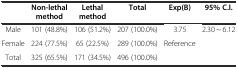
<table><thead><tr><td></td><td><b>Non-lethal method</b></td><td><b>Lethal method</b></td><td><b>Total</b></td><td><b>Exp(B)</b></td><td><b>95% C.I.</b></td></tr></thead><tbody><tr><td>Male</td><td>101 (48.8%)</td><td>106 (51.2%)</td><td>207 (100.0%)</td><td>3.75</td><td>2.30 ~ 6.12</td></tr><tr><td>Female</td><td>224 (77.5%)</td><td>65 (22.5%)</td><td>289 (100.0%)</td><td>Reference</td><td></td></tr><tr><td>Total</td><td>325 (65.5%)</td><td>171 (34.5%)</td><td>496 (100.0%)</td><td></td><td></td></tr></tbody></table>